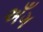
અઁગ